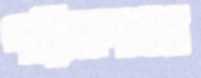
পরিত্রাণসহ